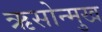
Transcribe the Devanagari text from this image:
ऋसोन्मुख